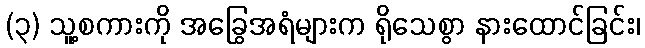
(၃) သူ့စကားကို အခြွေအရံများက ရိုသေစွာ နားထောင်ခြင်း၊